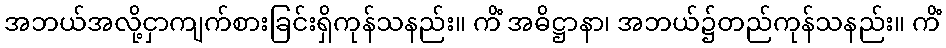
အဘယ်အလို့ငှာကျက်စားခြင်းရှိကုန်သနည်း။ ကိံ အဓိဋ္ဌာနာ၊ အဘယ်၌တည်ကုန်သနည်း။ ကိံ